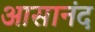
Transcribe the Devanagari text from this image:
आसानंद